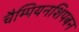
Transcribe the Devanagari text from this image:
चैम्पियनशिपबन